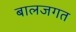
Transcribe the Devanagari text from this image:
बालजगत